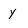
Character: Y